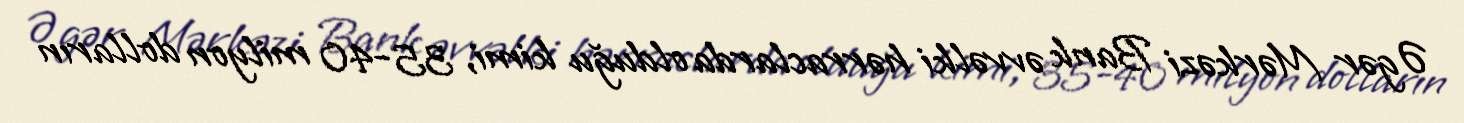
Əgər Mərkəzi Bank əvvəlki hərraclarda olduğu kimi, 35-40 milyon dolların